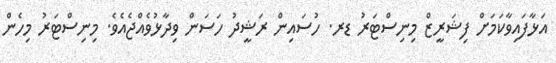
އަޅާފައިވާކަމަށް ފިޝަރީޒް މިނިސްޓަރު ޑރ. ހުސައިން ރަޝީދު ހަސަން ވިދާޅުވެއްޖެއެވެ. މިނިސްޓަރު މިހެން